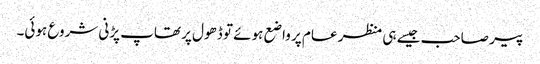
پیر صاحب جیسے ہی منظر عام پر واضع ہوئے تو ڈھول پر تھاپ پڑنی شروع ہوئی۔